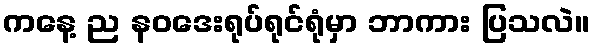
ကနေ့ ည နဝဒေးရုပ်ရုင်ရုံမှာ ဘာကား ပြသလဲ။